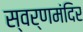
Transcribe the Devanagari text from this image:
स्वर्णमंदिर